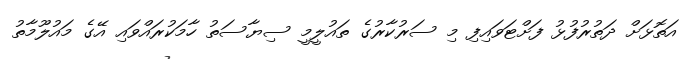
އަތޮޅަށް ދަތުރުފުޅު ފަށްޓަވައިފި މި ސަރުކާރުގެ ތައުލީމީ ސިޔާސަތު ހާމަކުރައްވައި އޭގެ މައުލޫމާތު